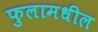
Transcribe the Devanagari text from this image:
फुलामधील